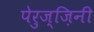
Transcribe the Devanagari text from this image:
पेरुज्ज़िनी